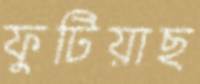
ফুটিয়াছ